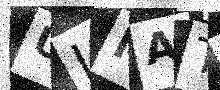
Text: ULNATF